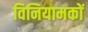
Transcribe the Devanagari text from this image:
विनियामकों